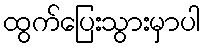
ထွက်ပြေးသွားမှာပါ